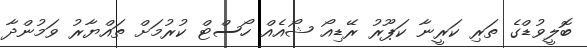
ބޮލީވުޑްގެ ތަރި ކަރީނާ ކަޕޫރު ރޭޑިއޯ ޝޯއެއް ހޯސްޓް ކުރުމަށް ތައްޔާރު ވަމުންދާ